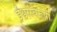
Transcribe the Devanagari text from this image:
ईश्वरस्वरूपी